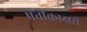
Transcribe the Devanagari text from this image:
प्रतीकाक्षरों